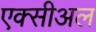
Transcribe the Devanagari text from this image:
एक्सीअल